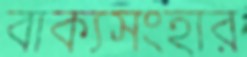
বাক্যসংহার